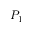
P _ { 1 }